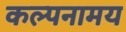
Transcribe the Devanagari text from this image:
कल्पनामय